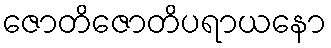
ဇောတိဇောတိပရာယနော